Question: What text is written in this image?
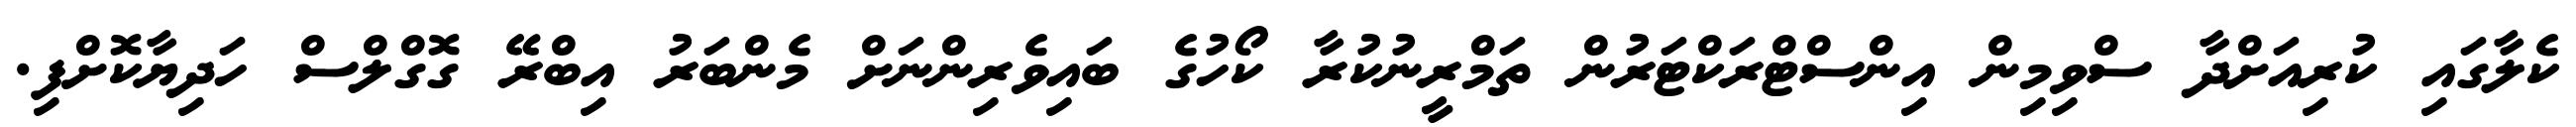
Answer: ކެލާގައި ކުރިއަށްދާ ސްވިމިން އިންސްޓްރަކްޓަރުން ތަމްރީނުކުރާ ކޯހުގެ ބައިވެރިންނަށް މެންބަރު އިބްރޭ ގޮގްލްސް ހަދިޔާކޮށްފި.